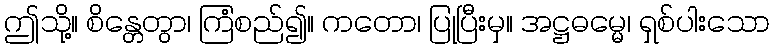
ဤသို့။ စိန္တေတွာ၊ ကြံစည်၍။ ကတော၊ ပြုပြီးမှ။ အဋ္ဌဓမ္မေ၊ ရှစ်ပါးသော